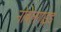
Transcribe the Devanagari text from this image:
नोबेलगाइड